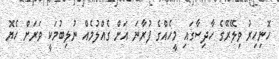
ހޮނިހިރު ވިލޭރޭގެ ހާދިސާގައި މީހެއްގެ ފުރާނަ އަށް ގެއްލުމެއް ނުލިބުމަކީ ވަރަށް ހެޔޮ